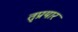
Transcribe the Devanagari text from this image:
तृप्रयार